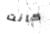
كانت